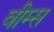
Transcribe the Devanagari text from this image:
वीम्स